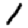
Digit: 1